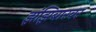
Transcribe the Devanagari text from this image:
झंझिबारवर